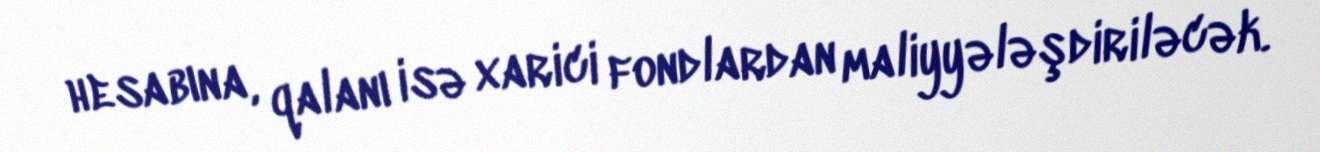
hesabına, qalanı isə xarici fondlardan maliyyələşdiriləcək.